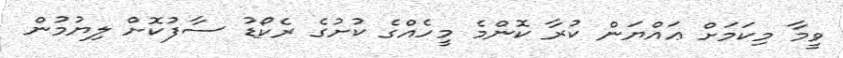
ވީމާ މިކަމަށް ޢައްޔަން ކުރާ ކޮންމެ މީހެއްގެ ކުށުގެ ރެކޯޑު ސާފުކޮށް ލިޔުމުން